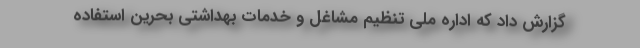
گزارش داد که اداره ملی تنظیم مشاغل و خدمات بهداشتی بحرین استفاده